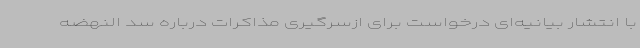
با انتشار بیانیه‌ای درخواست برای ازسرگیری مذاکرات درباره سد النهضه